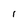
Character: 1